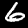
Label: 6